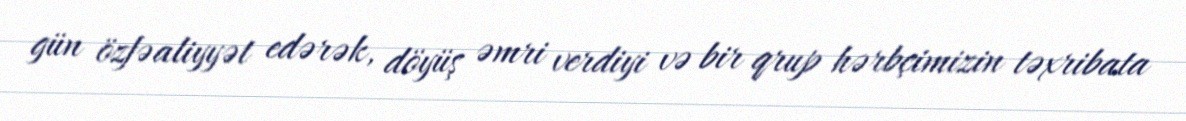
gün özfəaliyyət edərək, döyüş əmri verdiyi və bir qrup hərbçimizin təxribata